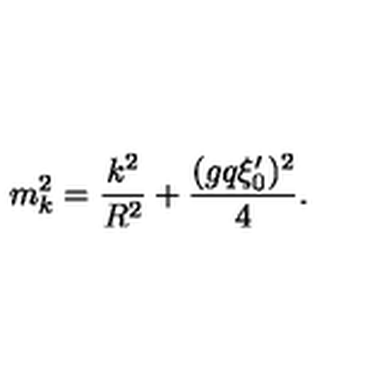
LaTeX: m _ { k } ^ { 2 } = { \frac { k ^ { 2 } } { R ^ { 2 } } } + { \frac { ( g q \xi _ { 0 } ^ { \prime } ) ^ { 2 } } { 4 } } .